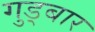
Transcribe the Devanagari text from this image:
गुड्बार